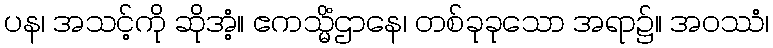
ပန၊ အသင့်ကို ဆိုအံ့။ ဧကသ္မိံဌာနေ၊ တစ်ခုခုသော အရာ၌။ အဝဿံ၊